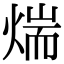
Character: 煓